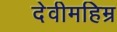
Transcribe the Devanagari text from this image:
देवीमहिम्र